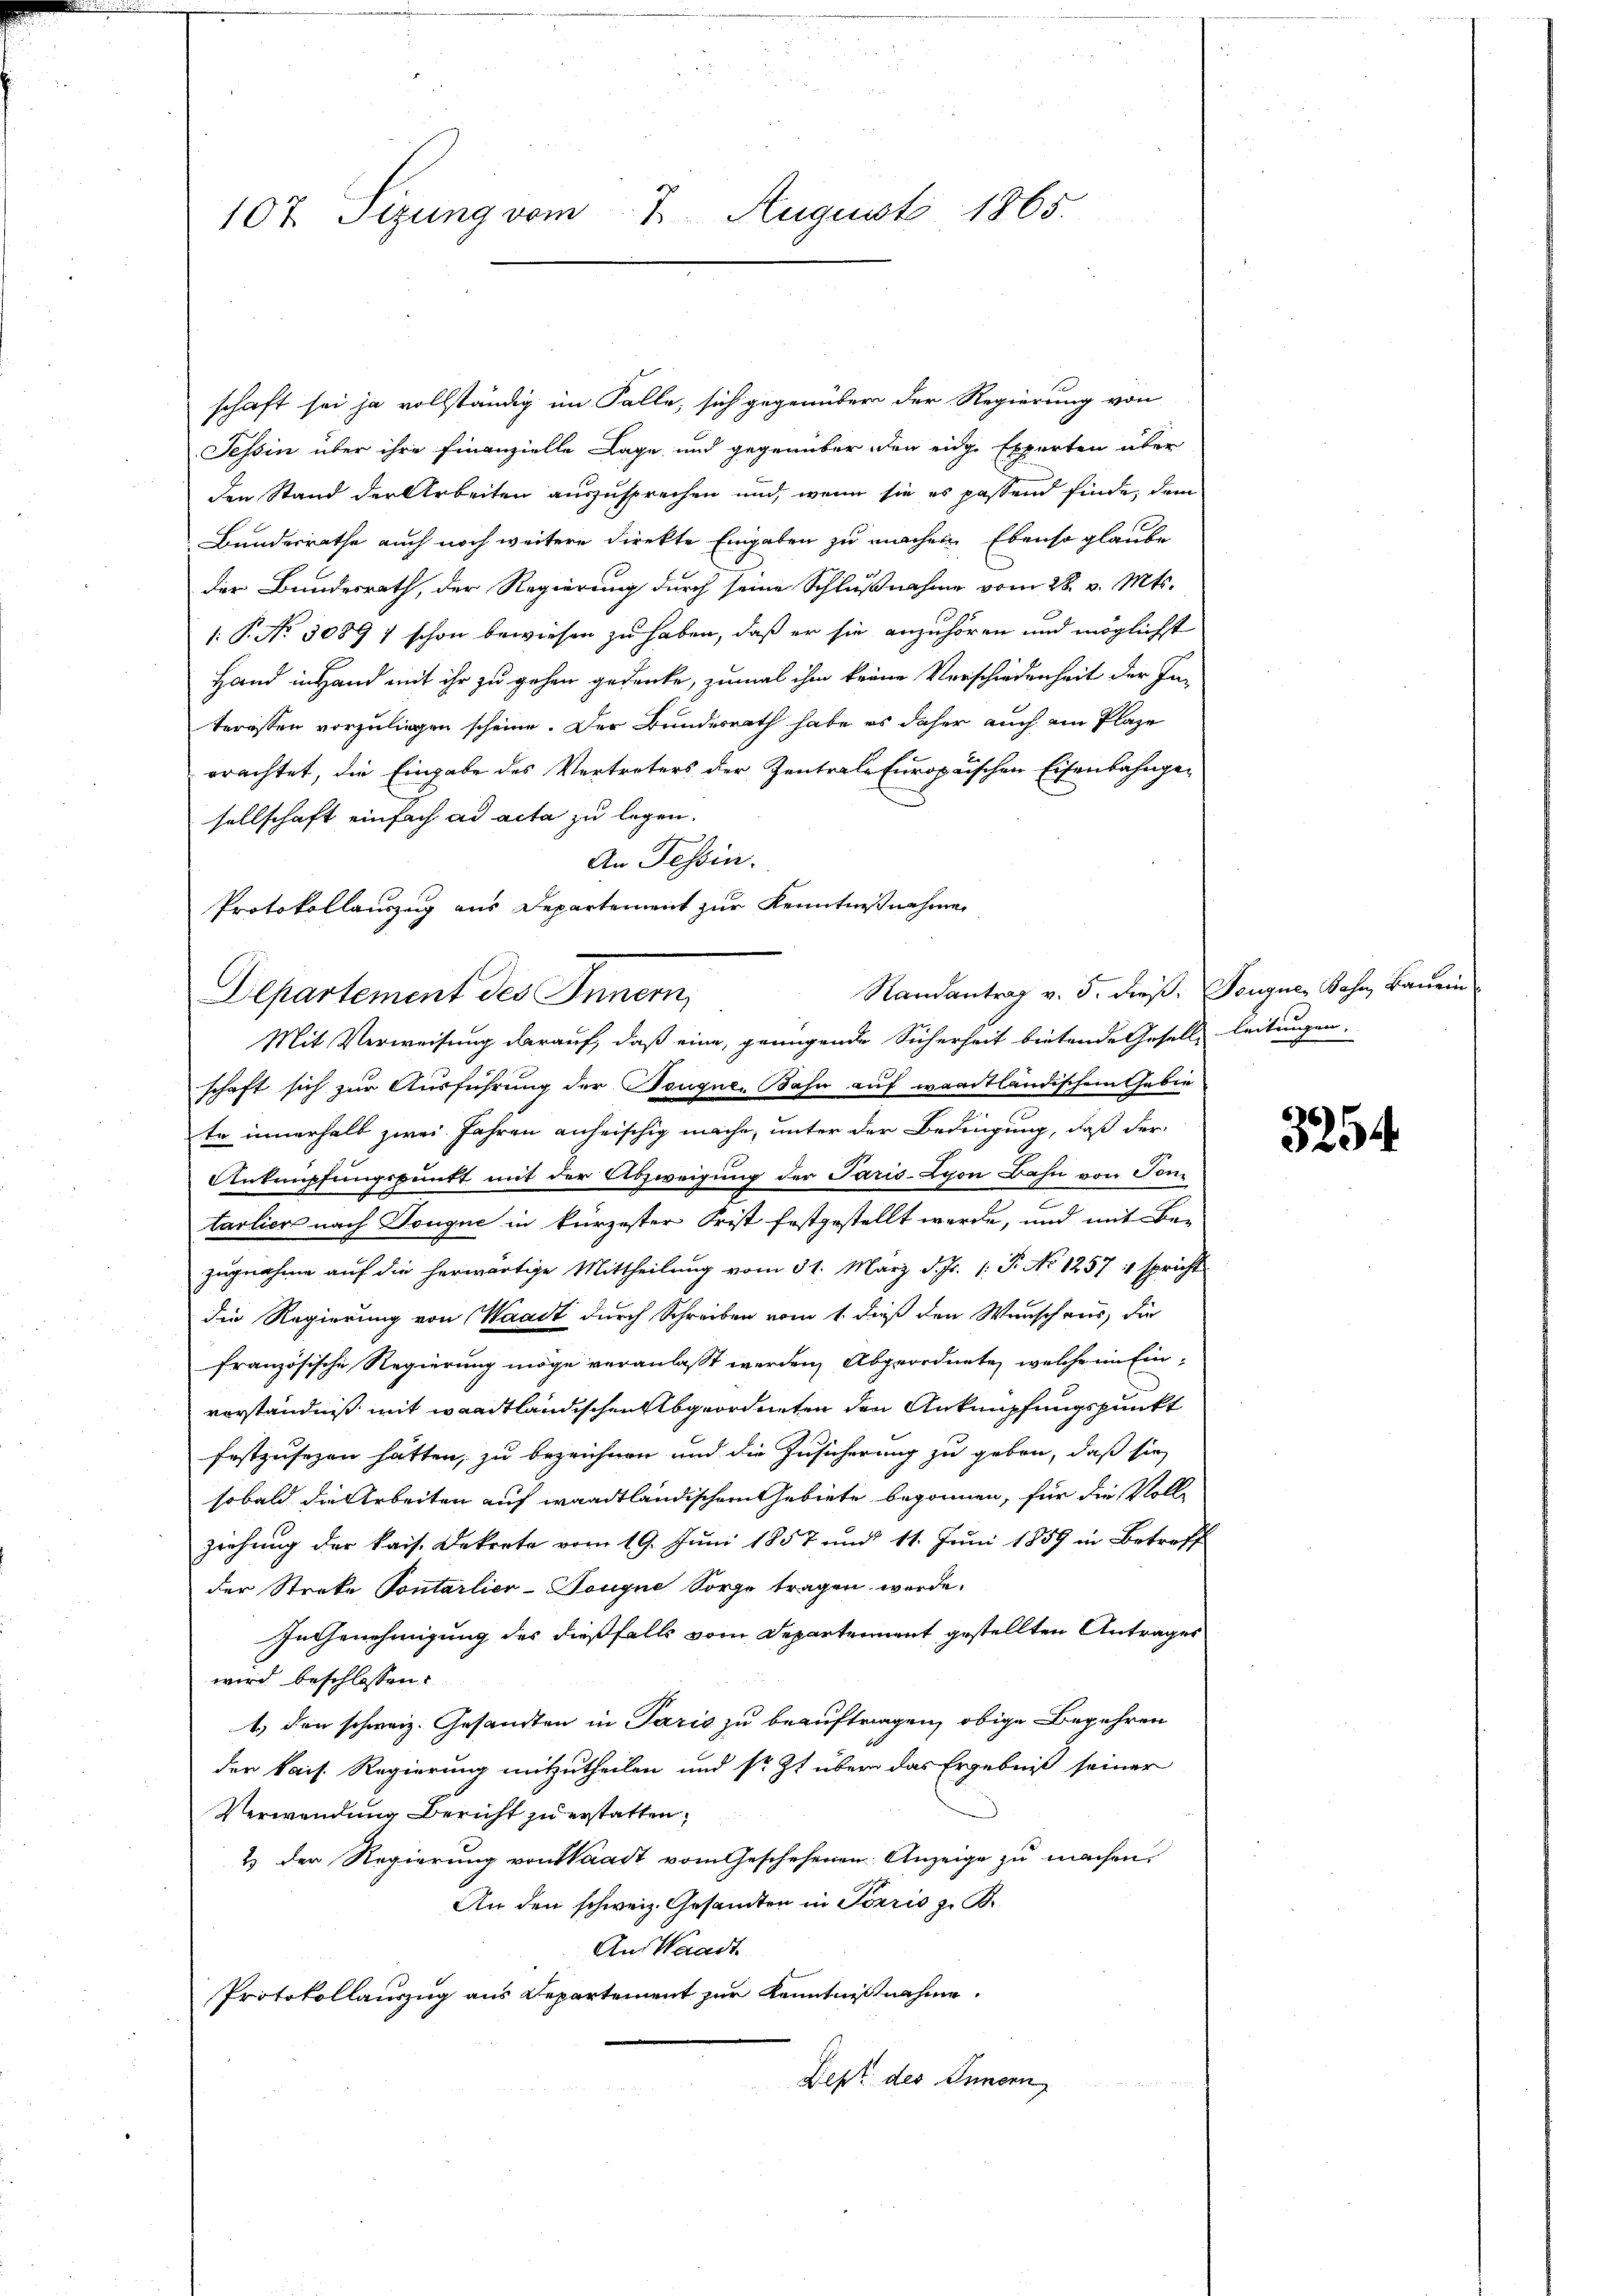
107. Sizung vom 7. August 1865.

schaft sei ja vollständig im Falle, sich gegenüber der Regierung von
Tessin über ihre Finanzielle Lage und gegenüber den eidge Experten über
den Stand der Arbeiten auszusprechen und, wenn sie es passend finde, dem
Bundesrathe auch noch weitere Direkte Eingaben zu machen Ebenso glaube
der Bundesrath, der Regierung durch seine Schlußnahme vom 28. v. Mts.
1: P. No 3089 schon bewiesen zu haben, daß er sie anzuhören und möglichst
Hand in Hand mit ihr zu gehen gedenke, zumal ihm keine Verschiedenheit der Interessen vorzuliegen scheine. Der Bundesrath habe es daher auch ein Plaze
erachtet, die Eingabe des Vertreters der Zentrale Europaischen Eisenbahngesellschaft einfach ad acta zu legen.
An Tessin.
Protokollauszug aus Departement zur Kenntnisnehmen
Randantrag v. 5. dieß. Leugnen Sohn, Bauein

Departement des Innern,
Mit Verweisung darauf, daß eine, genügende Sicherheit bietende Gesell leitungen.

schaft sich zur Ausführung der Teugnen Bahn auf waadtländischem Gebiete innerhalb zwei Jahren anheischig mache, unter der Bedingung, daß der
Anknüpfungspunkt mit der Abzweigung der Paris-Lyon Bahn von Ton¬
2
tarliers nach Souque in kürzester Frist festgestellt werde, und mit Be-
zŭgnahme aŭf die herwärtige Mittheilŭng vom 31. März d. Js. 1. P. No 1257  spricht
die Regierung von Waadt durch Schreiben vom 1. dieß den Wunschaus, die
französische Regierung möge veranlaßt werden, Abgeordnete, welche im Einverständniß mit waadtländischen Abgeordneten den Anknüpfungspunkt
festzusezen hätten, zu bezeichnen und die Zusicherung zu geben, daß sie
sobald die Arbeiten auf waadtländischem Gebiete begonnen, für die Voll
Ziehung der kais. Dekrete vom 19. Juni 1857 und 11. Juni 1859 in Betreff
der Streke Pontarlier-Tongue Sorge tragen werde.
In Genehmigung des dießfalls vom Departement gestellten Antrages
wird beschlossen:
1.) den schweiz. Gesandten in Paris zu beauftragen, obige Begehren
der kais. Regierung mitzutheilen und sr. Zt über das Ergebniß seiner
Verwendung Bericht zu erstatten.
2 der Regierung von Waadt vom Geschehenen Anzeige zu machen.
An den schweiz. Gesandten in Terris z. B.
Aus Waadt.
Protokollauszug aus Departement zur Kenntnißnahme.
Sept. des Innern

3254